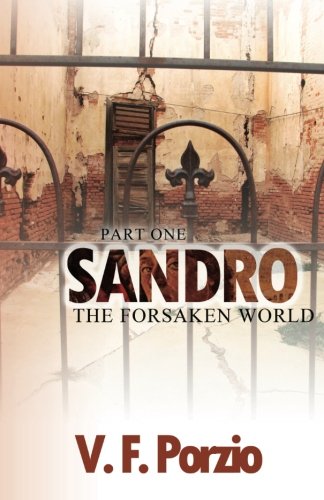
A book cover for Sandro: The Forsaken World-Part 1 (Volume 1); V. F. Porzio; Literature & Fiction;